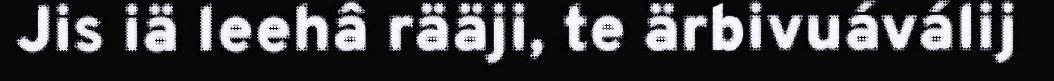
Jis iä leehâ rääji, te ärbivuáválij